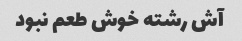
آش رشته خوش طعم نبود